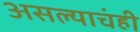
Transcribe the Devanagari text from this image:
असल्याचंही